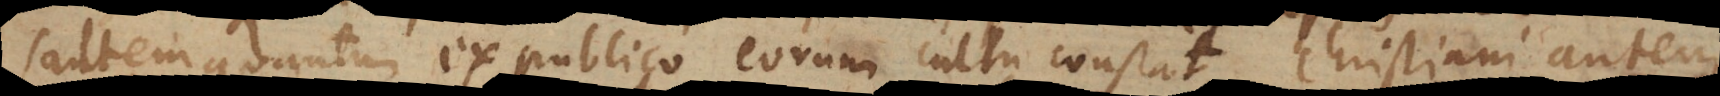
saltem quantum ex publico eorum cultu constat. Christiani autem